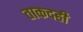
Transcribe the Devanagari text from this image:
ताकदही